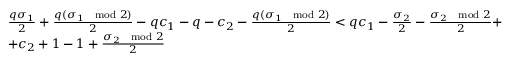
\begin{array} { r l } & { \frac { q \sigma _ { 1 } } { 2 } + \frac { q ( \sigma _ { 1 } \mod 2 ) } { 2 } - q c _ { 1 } - q - c _ { 2 } - \frac { q ( \sigma _ { 1 } \mod 2 ) } { 2 } < q c _ { 1 } - \frac { \sigma _ { 2 } } { 2 } - \frac { \sigma _ { 2 } \mod 2 } { 2 } + } \\ & { + c _ { 2 } + 1 - 1 + \frac { \sigma _ { 2 } \mod 2 } { 2 } } \end{array}